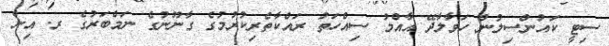
ސިޓީ ކައުންސިލުން ހަވާލާދޭ އާއްމު ސިއްހަތު ރައްކާތެރިކުރުމުގެ ގާނޫނުގެ ނަމްބަރުގެ ރ. އިން